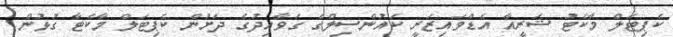
ކެޕިޓަލް މާކެޓު ޝަރީއާ އެޑްވައިޒަރީ ކައުންސިލްގެ ގަވާއިދުގެ ދަށުން ކެޕިޓަލް މާކެޓާ ގުޅުން